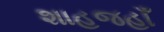
શાહજહાઁ